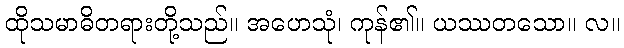
ထိုသမာဓိတရားတို့သည်။ အဟေသုံ၊ ကုန်၏။ ယဿတသော။ လ။